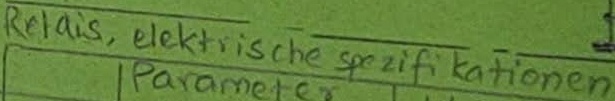
Text: Relais, elektrische spezifikationen